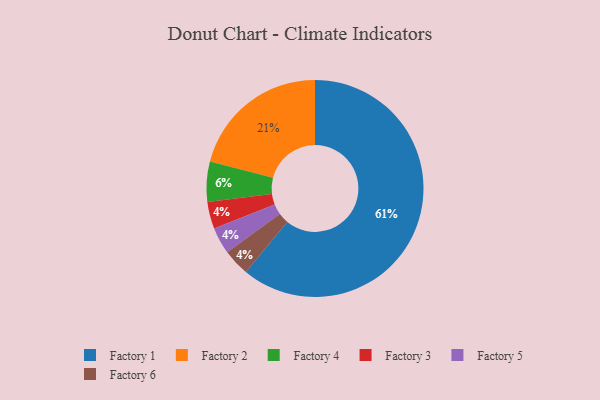
{"axis": {"x": "Category", "y": "Percentage"}, "legend": ["Factory 1", "Factory 2", "Factory 3", "Factory 4", "Factory 5", "Factory 6"], "data": [{"x": "Factory 3", "y": 4, "type": "Factory 3"}, {"x": "Factory 1", "y": 61, "type": "Factory 1"}, {"x": "Factory 4", "y": 6, "type": "Factory 4"}, {"x": "Factory 5", "y": 4, "type": "Factory 5"}, {"x": "Factory 6", "y": 4, "type": "Factory 6"}, {"x": "Factory 2", "y": 21, "type": "Factory 2"}]}